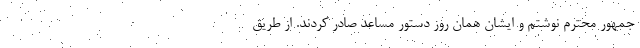
جمهور محترم نوشتم و ایشان همان روز دستور مساعد صادر کردند. از طریق